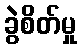
ခွဲစိတ်မှု